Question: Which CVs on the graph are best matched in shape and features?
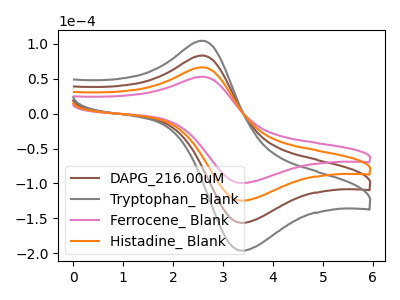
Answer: <think>The brown curve "DAPG_216.00uM" has an anodic peak at (2.60V, 132.85uA) and a cathodic peak at (3.35V, -249.30uA). The gray curve "Tryptophan_ Blank" has an anodic peak at (2.60V, 199.25uA) and a cathodic peak at (3.35V, -373.95uA). The pink curve "Ferrocene_ Blank" has an anodic peak at (2.60V, 52.95uA) and a cathodic peak at (3.35V, -99.35uA). The orange curve "Histadine_ Blank" has an anodic peak at (2.60V, 66.40uA) and a cathodic peak at (3.35V, -124.65uA).
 All the peaks in "DAPG_216.00uM" have a peak in "Tryptophan_ Blank" at the same potential. Every peak in "DAPG_216.00uM" is lower than every peak in "Tryptophan_ Blank". All the peaks in "DAPG_216.00uM" have a peak in "Ferrocene_ Blank" at the same potential. Every peak in "DAPG_216.00uM" is higher than every peak in "Ferrocene_ Blank". All the peaks in "DAPG_216.00uM" have a peak in "Histadine_ Blank" at the same potential. Every peak in "DAPG_216.00uM" is higher than every peak in "Histadine_ Blank". All the peaks in "Tryptophan_ Blank" have a peak in "Ferrocene_ Blank" at the same potential. Every peak in "Tryptophan_ Blank" is higher than every peak in "Ferrocene_ Blank". All the peaks in "Tryptophan_ Blank" have a peak in "Histadine_ Blank" at the same potential. Every peak in "Tryptophan_ Blank" is higher than every peak in "Histadine_ Blank". All the peaks in "Ferrocene_ Blank" have a peak in "Histadine_ Blank" at the same potential. Every peak in "Ferrocene_ Blank" is lower than every peak in "Histadine_ Blank".</think>
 <answer>"Ferrocene_ Blank", "DAPG_216.00uM", "Tryptophan_ Blank" and "Histadine_ Blank" have the same shape and are likely CV's of the same chemical.</answer>
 <eval>"Ferrocene_ Blank" "DAPG_216.00uM" "Tryptophan_ Blank" "Histadine_ Blank"</eval>